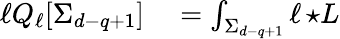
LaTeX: \begin{array}{rl}{\ell Q_{\ell}[\Sigma_{d-q+1}]}&{{}=\int_{\Sigma_{d-q+1}}\ell\, {\star L}}\end{array}